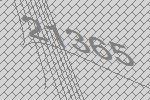
21365